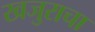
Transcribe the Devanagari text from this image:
खजुराचा